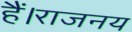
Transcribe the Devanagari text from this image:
हैं।राजनय